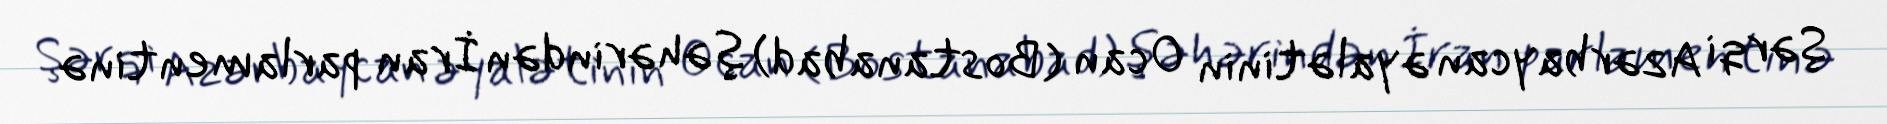
Şərqi Azərbaycan əyalətinin Ocan (Bostanabad) şəhərindən İran parlamentinə